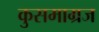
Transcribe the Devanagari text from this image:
कुसमाग्रज